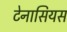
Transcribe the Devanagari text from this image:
टेनासियस